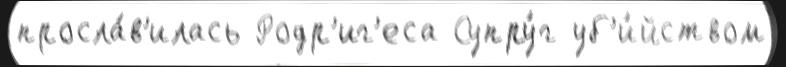
просла́в'илась Родр'иг'еса Супру́г уб'и́йством